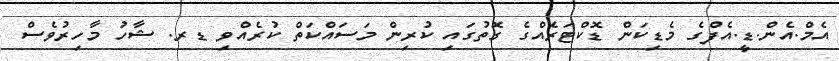
އެމް.އެން.ޑީ.އެފްގެ މެޑިކަން ޑޮކްޓަރެއްގެ ގޮތުގައި ކުރިން މަސައްކަތް ކުރެއްވި ޑރ. ޝާހު މާހިރުވެސް